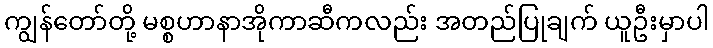
ကျွန်တော်တို့ မစ္စဟာနာအိုကာဆီကလည်း အတည်ပြုချက် ယူဦးမှာပါ